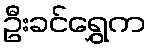
ဦးခင်ရွှေက